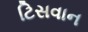
ટિસવાન